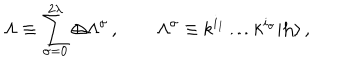
\Lambda \equiv \sum _ { \sigma = 0 } ^ { 2 \lambda } \oplus \Lambda ^ { \sigma } \, , \qquad \Lambda ^ { \sigma } \equiv { \sf k } ^ { i _ { 1 } } \ldots { \sf k } ^ { i _ { \sigma } } | { \bf h } \rangle \, ,